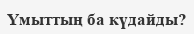
Үмыттың ба күдайды?